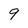
Character: 9